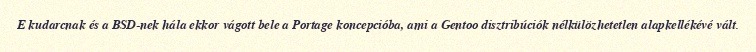
E kudarcnak és a BSD-nek hála ekkor vágott bele a Portage koncepcióba, ami a Gentoo disztribúciók nélkülözhetetlen alapkellékévé vált.